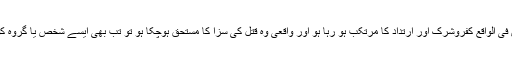
ویسے بھی یہ بات ذہن نشین رہے کہ اگر کوئی شخص فی الواقع کفروشرک اور ارتداد کا مرتکب ہو رہا ہو اور واقعی وہ قتل کی سزا کا مستحق ہوچکا ہو تو تب بھی ایسے شخص یا گروہ کو سزائے قتل دینے کی مجاز صرف حکومت ِوقت ہے۔